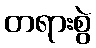
တရားစွဲ